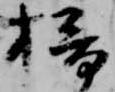
掃